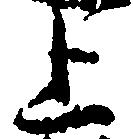
上